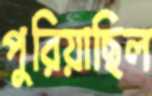
পুরিয়াছিল